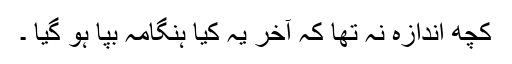
کچھ اندازہ نہ تھا کہ آخر یہ کیا ہنگامہ بپا ہو گیا ۔